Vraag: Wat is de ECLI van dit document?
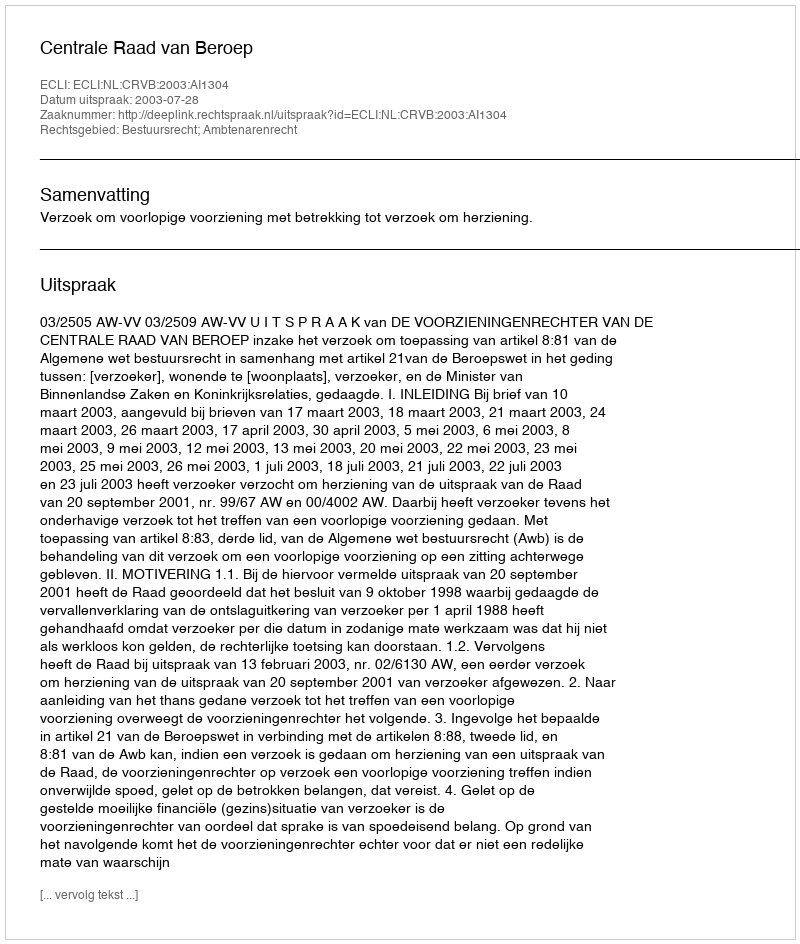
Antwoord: ECLI:NL:CRVB:2003:AI1304